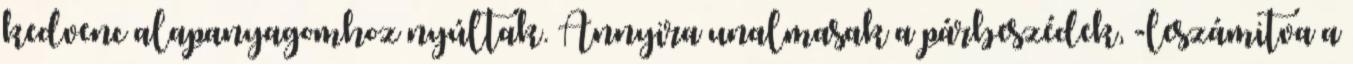
kedvenc alapanyagomhoz nyúltak. Annyira unalmasak a párbeszédek, -leszámitva a